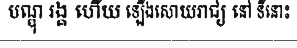
បណ្ឌុ រង្គ ហើយ ឡើងសោយរាជ្យ នៅ ទីនោះ